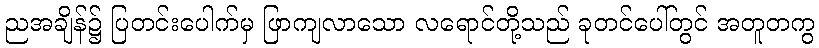
ညအချိန်၌ ပြတင်းပေါက်မှ ဖြာကျလာသော လရောင်တို့သည် ခုတင်ပေါ်တွင် အတူတကွ